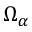
\Omega _ { \alpha }